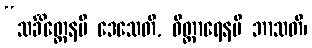
“သင်္ခိတ္တေနပိ ဒေသေတိ, ဝိတ္ထာရေနပိ ဘာသတိ၊